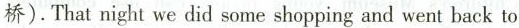
桥).That night we did some shopping and went back to